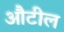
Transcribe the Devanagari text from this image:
औटील